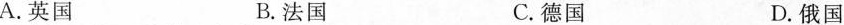
A.英国B.法国C.德国D.俄国